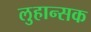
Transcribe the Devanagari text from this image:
लुहान्सक